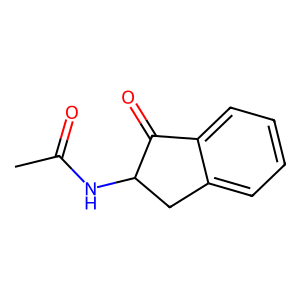
SMILES: CC(=O)NC1Cc2ccccc2C1=O
Inhibits HIV replication: No